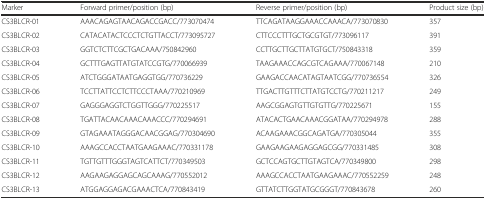
| Marker | Forward primer/position (bp) | Reverse primer/position (bp) | Product size (bp) |
 | --- | --- | --- | --- |
 | CS3BLCR-01 | AAACAGAGTAACAGACCGACC/773070474 | TTCAGATAAGGAAACCAAACA/773070830 | 357 |
 | CS3BLCR-02 | CATACATACTCCCTCTGTTACCT/773095727 | CTTCCCTTTGCTGCGTGT/773096117 | 391 |
 | CS3BLCR-03 | GGTCTCTTCGCTGACAAA/750842960 | CCTTGCTTGCTTATGTGCT/750843318 | 359 |
 | CS3BLCR-04 | GCTTTGAGTTATGTATCCGTG/770066939 | TAAGAAACCAGCGTCAGAAA/770067148 | 210 |
 | CS3BLCR-05 | ATCTGGGATAATGAGGTGG/770736229 | GAAGACCAACATAGTAATCGG/770736554 | 326 |
 | CS3BLCR-06 | TCCTTATTCCTCTTCCCTAAA/770210969 | TTGACTTGTTTCTTATGTCCTG/770211217 | 249 |
 | CS3BLCR-07 | GAGGGAGGTCTGGTTGGG/770225517 | AAGCGGAGTGTTGTGTTG/770225671 | 155 |
 | CS3BLCR-08 | TGATTACAACAAACAAACCC/770294691 | ATACACTGAACAAACGGATAA/770294978 | 288 |
 | CS3BLCR-09 | GTAGAAATAGGGACAACGGAG/770304690 | ACAAGAAACGGCAGATGA/770305044 | 355 |
 | CS3BLCR-10 | AAAGCCACCTAATGAAGAAAC/770331178 | GAAGAAGAAGAGGAGCGG/770331485 | 308 |
 | CS3BLCR-11 | TGTTGTTTGGGTAGTCATTCT/770349503 | GCTCCAGTGCTTGTAGTCA/770349800 | 298 |
 | CS3BLCR-12 | AAGAAGAGGAGCAGCAAAG/770552012 | AAAGCCACCTAATGAAGAAAC/770552259 | 248 |
 | CS3BLCR-13 | ATGGAGGAGACGAAACTCA/770843419 | GTTATCTTGGTATGCGGGT/770843678 | 260 |